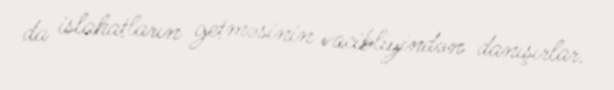
da islahatların getməsinin vacibliyindən danışırlar.